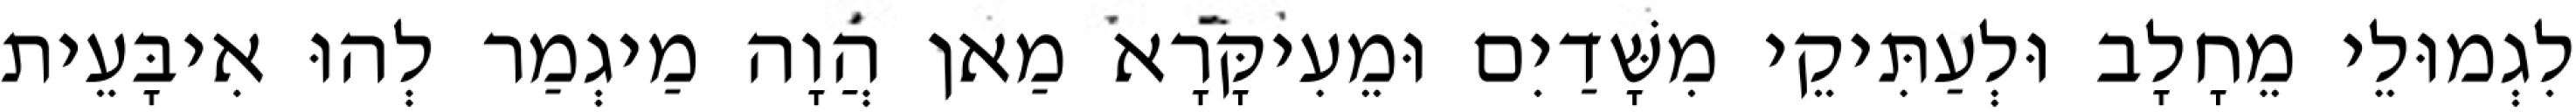
לִגְמוּלֵי מֵחָלָב וּלְעַתִּיקֵי מִשָּׁדַיִם וּמֵעִיקָּרָא מַאן הֲוָה מַיגְמַר לְהוּ אִיבָּעֵית